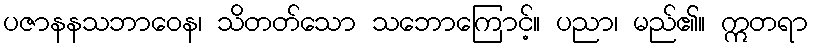
ပဇာနနသဘာဝေန၊ သိတတ်သော သဘောကြောင့်။ ပညာ၊ မည်၏။ ဣတရာ